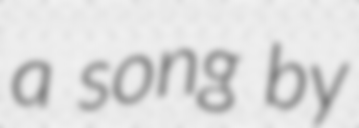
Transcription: a song by